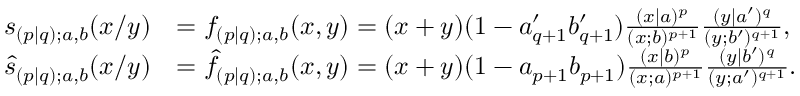
\begin{array} { r l } { s _ { ( p | q ) ; a , b } ( x / y ) } & { = f _ { ( p | q ) ; a , b } ( x , y ) = ( x + y ) ( 1 - a _ { q + 1 } ^ { \prime } b _ { q + 1 } ^ { \prime } ) \frac { ( x | a ) ^ { p } } { ( x ; b ) ^ { p + 1 } } \frac { ( y | a ^ { \prime } ) ^ { q } } { ( y ; b ^ { \prime } ) ^ { q + 1 } } , } \\ { \widehat { s } _ { ( p | q ) ; a , b } ( x / y ) } & { = \widehat { f } _ { ( p | q ) ; a , b } ( x , y ) = ( x + y ) ( 1 - a _ { p + 1 } b _ { p + 1 } ) \frac { ( x | b ) ^ { p } } { ( x ; a ) ^ { p + 1 } } \frac { ( y | b ^ { \prime } ) ^ { q } } { ( y ; a ^ { \prime } ) ^ { q + 1 } } . } \end{array}